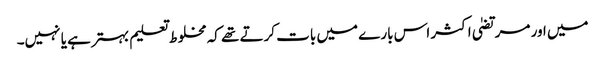
میں اور مرتضیٰ اکثر اس بارے میں بات کرتے تھے کہ مخلوط تعلیم بہتر ہے یا نہیں۔